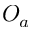
O _ { a }